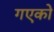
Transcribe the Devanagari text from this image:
गएको